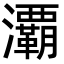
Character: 㶚